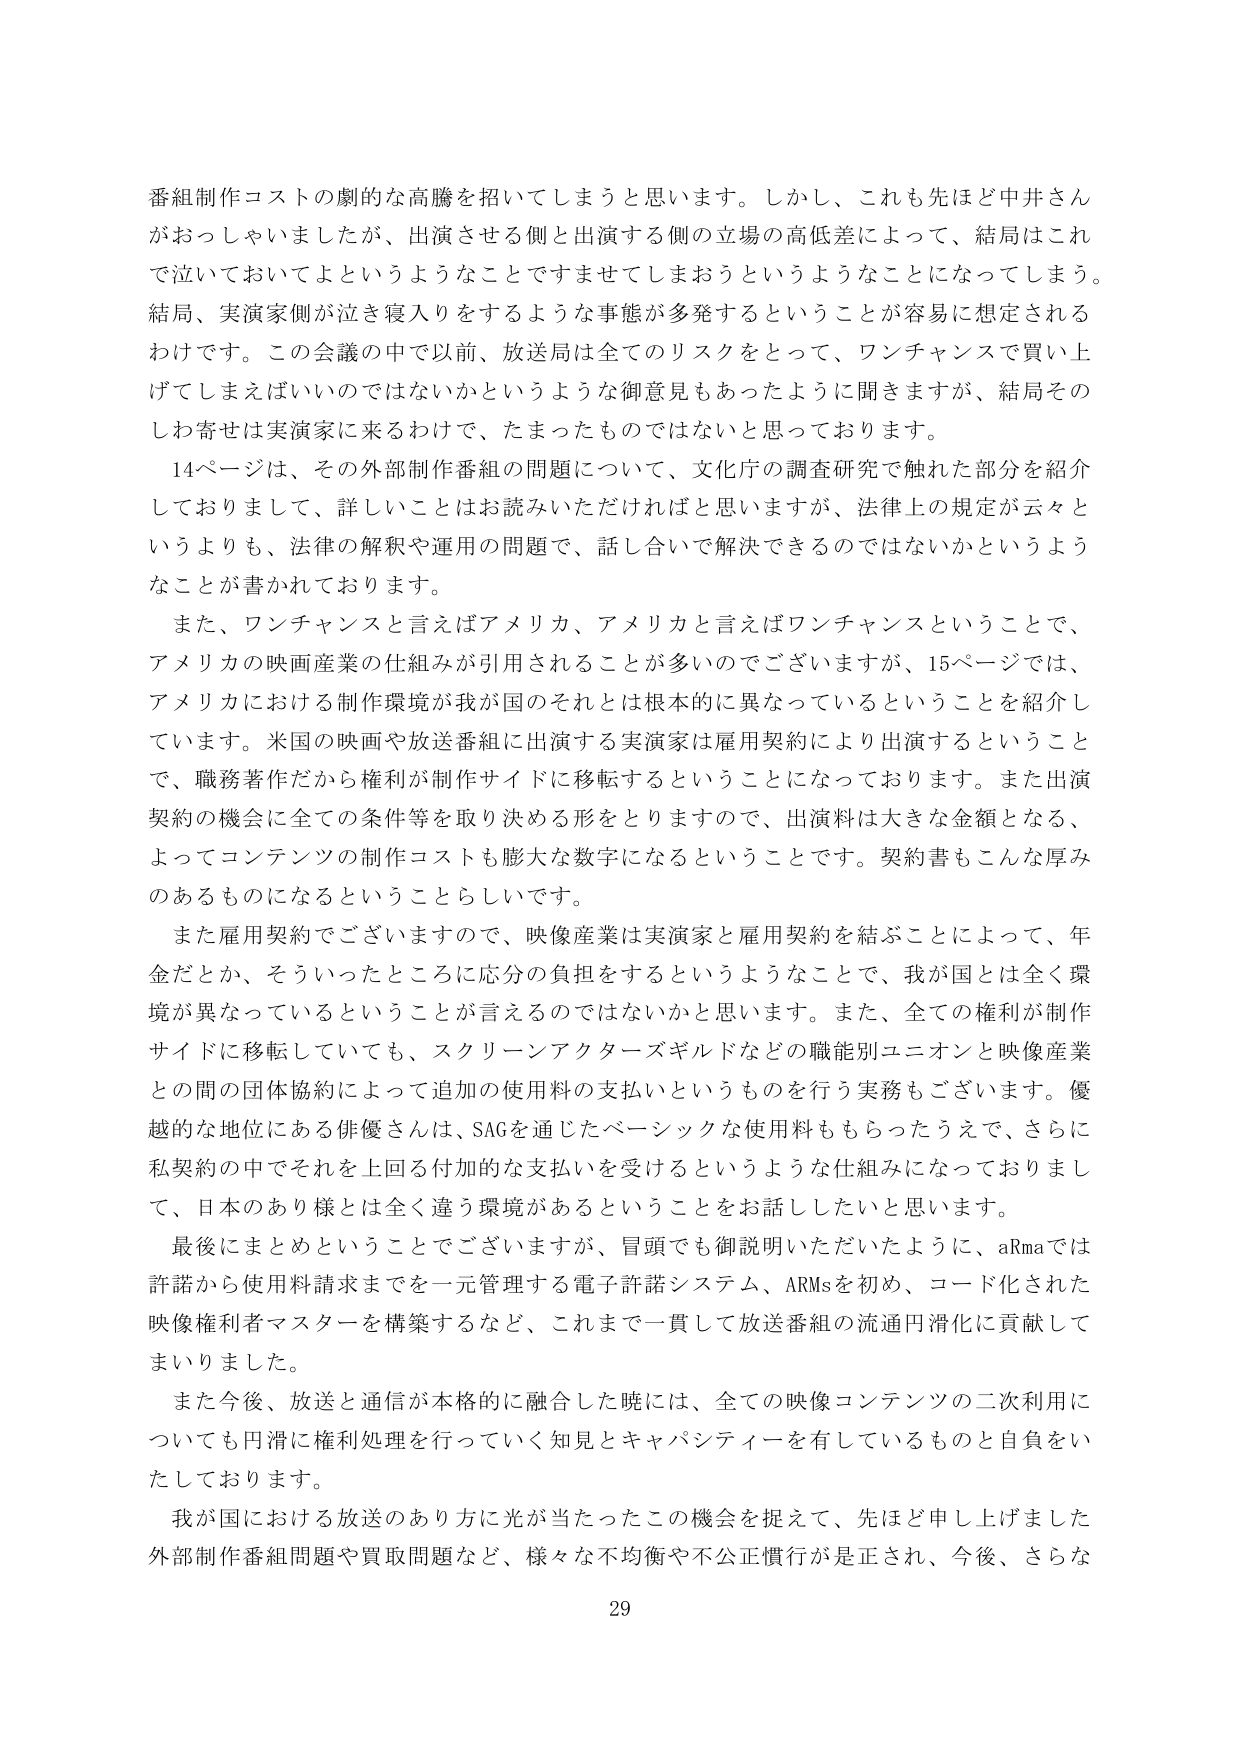
番組制作コストの劇的な高騰を招いてしまうと思います。しかし、これも先ほど中井さんがおっしゃいましたが、出演させる側と出演する側の立場の高低差によって、結局はこれで泣いておいてよというようなことですませてしまうようということになってしまう。結局、実演家側が泣き寝入りをするような事態が多発するということが容易に想定されるわけです。この会議の中で以前、放送局は全てのリスクをとって、ワンチャンスで買い上げてしまえばいいのではないかというような御意見もあったように聞きますが、結局そのしわ寄せは実演家に来るわけで、たまったものではないと思っております。

14ページは、その外部制作番組の問題について、文化庁の調査研究で触れた部分を紹介しておりまして、詳しいことはお読みいただければと思いますが、法律上の規定が云々というよりも、法律の解釈や運用の問題で、話し合いで解決できるのではないかというようなことが書かれております。

また、ワンチャンスと言えばアメリカ、アメリカと言えばワンチャンスということで、アメリカの映画産業の仕組みが引用されることが多いのですが、15ページでは、アメリカにおける制作環境が我が国のそれとは根本的に異なっているということを紹介しています。米国の映画や放送番組に出演する実演家は雇用契約により出演するということで、職務著作だから権利が制作サイドに移転するということになっております。また出演契約の機会に全ての条件等を取り決める形をとりますので、出演料は大きな金額となる、よってコンテンツの制作コストも膨大な数字になるということです。契約書もこんな厚みのあるものになるということらしいです。

また雇用契約でございますので、映像産業は実演家と雇用契約を結ぶことによって、年金だとか、そういったところに応分の負担をするというようなことで、我が国とは全く環境が異なっているということが言えるのではないかと思います。また、全ての権利が制作サイドに移転していても、スクリーンアクターズギルドなどの職能別ユニオンと映像産業との間の団体協約によって追加の使用料の支払いというものを行う実務もございます。優越的な地位にある俳優さんは、SAGを通じたベーシックな使用料ももらったうえで、さらに私契約の中でそれを上回る付加的な支払いを受けるというような仕組みになっておりまして、日本のあり様とは全く違う環境があるということをお話したいと思います。

最後にまとめということでございますが、冒頭でも御説明いただいたように、aRmaでは許諾から使用料請求までを一元管理する電子許諾システム、ARMsを初め、コード化された映像権利者マスターを構築するなど、これまで一貫して放送番組の流通円滑化に貢献してまいりました。

また今後、放送と通信が本格的に融合した暁には、全ての映像コンテンツの二次利用についても円滑に権利処理を行っていく知見とキャパシティーよを有しているものと自負をいたしております。

我が国における放送のあり方に光が当たったこの機会を捉えて、先ほど申し上げました外部制作番組問題や買取問題など、様々な不均衡や不公正慣行が是正され、今後、さらな

29